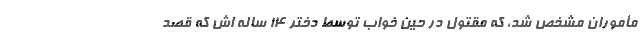
مأموران مشخص شد، که مقتول در حین خواب توسط دختر ۱۴ ساله اش که قصد